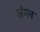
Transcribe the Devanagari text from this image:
जंग्ल